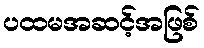
ပထမအဆင့်အဖြစ်